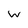
Character: w